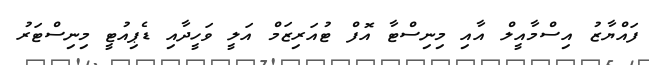
ފައްޔާޒު އިސްމާއީލް އާއި މިނިސްޓާ އޮފް ޓުއަރިޒަމް އަލީ ވަހީދާއި ޑެޕިއުޓީ މިިނިސްޓަރު